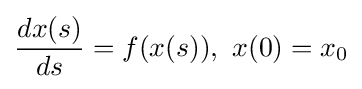
\displaystyle {dx(s) \over ds}=f(x(s)),\,\,x(0)=x_{0}